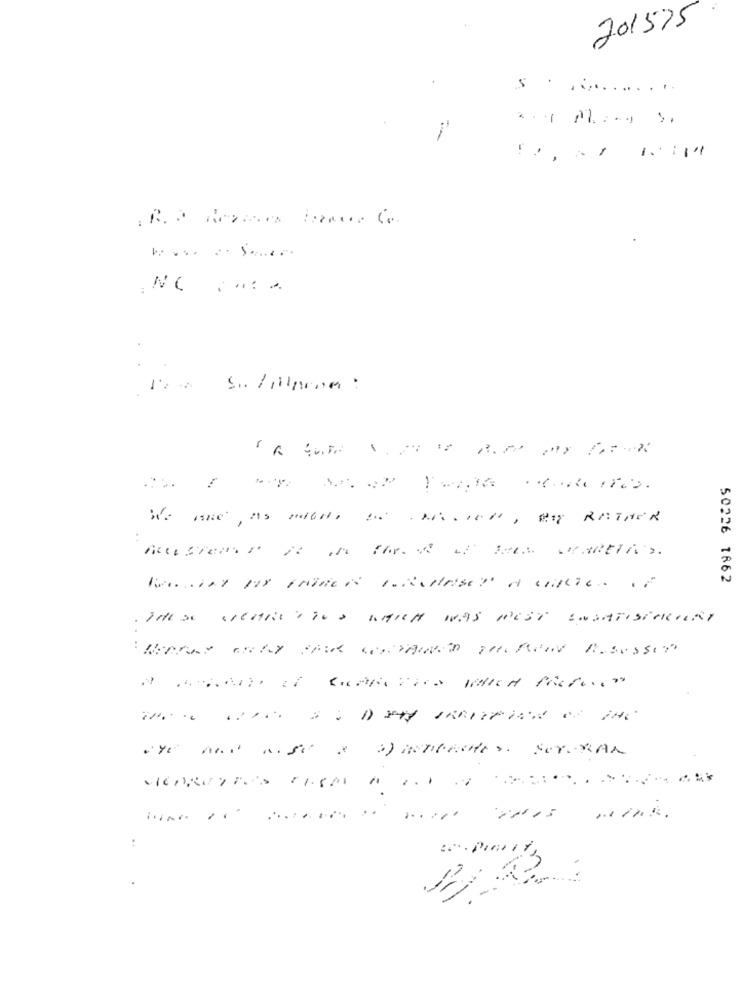
701575
S . ...........
: NC ..
We ine , as mille IN CASOCer, By RATHER
50226 1662
. THESE weARE TS WHICH WAS PEST INSATISFAKAY
: